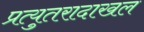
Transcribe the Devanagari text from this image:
प्रत्युतरादाखल